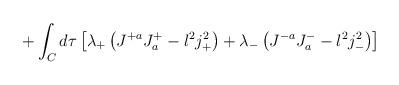
LaTeX: \begin{align*}+ \int_C d\tau \left[ \lambda_+ \left( J^{+a}J^{+}_a - l^2j_+^2 \right)+ \lambda_- \left( J^{-a} J_a^{-} - l^2j_-^{2}\right)\right]\end{align*}